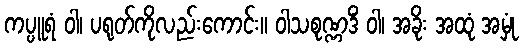
ကပ္ပူရံ ဝါ၊ ပရုတ်ကိုလည်းကောင်း။ ဝါသစုဏ္ဏဒိံ ဝါ၊ အခိုး အထုံ အမှုံ